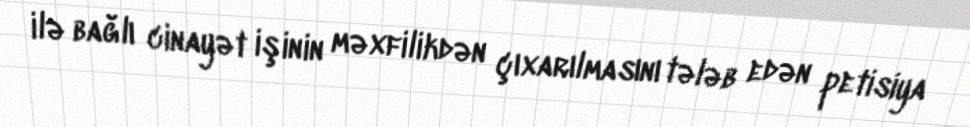
ilə bağlı cinayət işinin məxfilikdən çıxarılmasını tələb edən petisiya